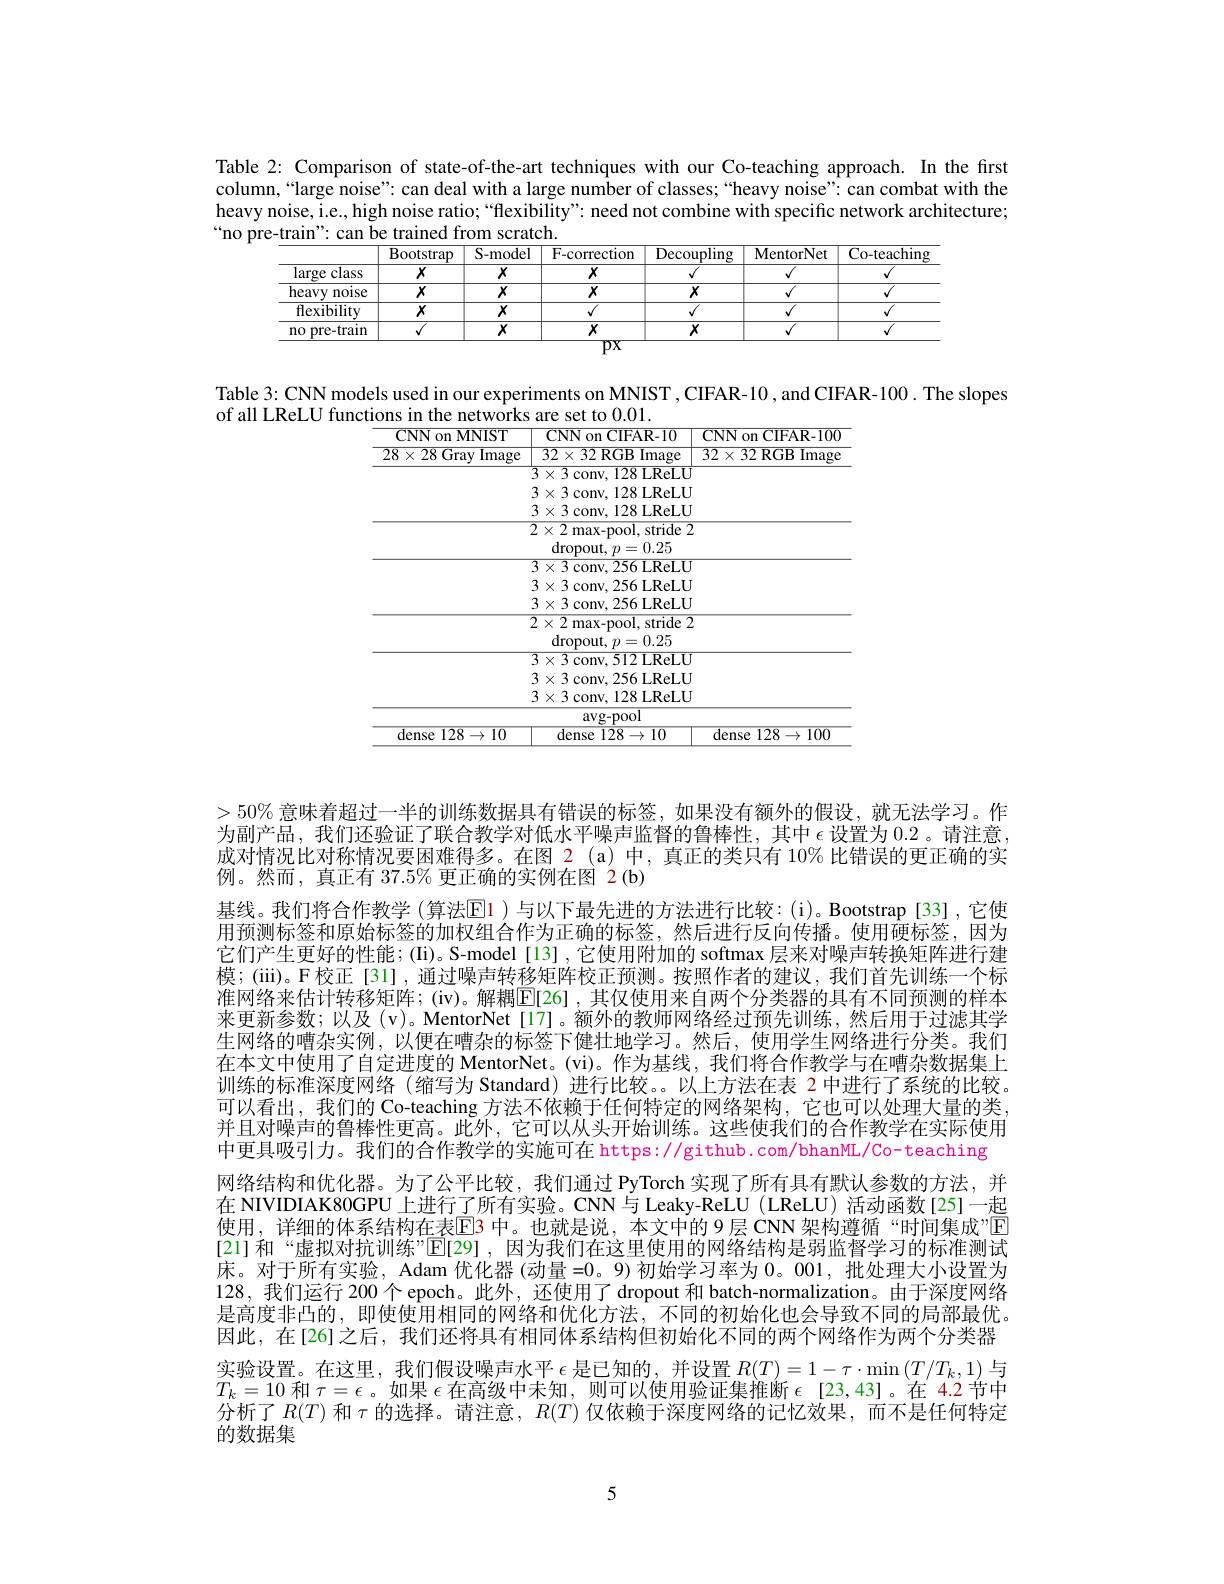
Table 2: Comparison of state-of-the-art techniques with our Co-teaching approach. In the first column,“large noise”: can deal with a large number of classes;“heavy noise”: can combat with the heavy noise, i.e., high noise ratio;““flexibility”: need not combine with specific network architecture; “no pre-train": can be trained from scratch.

<table>
	<tbody>
		<tr>
			<th> </th>
			<th>Bootstrap</th>
			<th>S- model</th>
			<th>F-correction</th>
			<th>Decoupling</th>
			<th>MentorNet</th>
			<th>Co-teaching</th>
		</tr>
		<tr>
			<td>large class</td>
			<td>$X$</td>
			<td>$X$</td>
			<td>$X$</td>
			<td>$\sqrt{1}$</td>
			<td>$√$</td>
			<td>$\overline{{\sqrt{1}}}$</td>
		</tr>
		<tr>
			<td>heavy noise</td>
			<td>$X$</td>
			<td>$X$</td>
			<td>$X$</td>
			<td>$X$</td>
			<td>$√$</td>
			<td>$\overline{{\sqrt{1}}}$</td>
		</tr>
		<tr>
			<td>$\overline{{\mathrm{flexibility}}}$</td>
			<td>$X$</td>
			<td>$\overline{x}$</td>
			<td>$√$</td>
			<td>$√$</td>
			<td>$\overline{{\sqrt{1}}}$</td>
			<td>$\sqrt{1}$</td>
		</tr>
		<tr>
			<td>no pre-train</td>
			<td>$\sqrt{1}$</td>
			<td>$X$</td>
			<td>$X$</td>
			<td>$X$</td>
			<td>$√$</td>
			<td>$\overline{{\sqrt{1}}}$</td>
		</tr>
	</tbody>
</table>

Table 3: CNN models used in our experiments on MNIST , CIFAR-10 , and CIFAR-100 . The slopes
of all LReLU functions in the networks are set to 0.01.

<table>
	<tbody>
		<tr>
			<th>${\mathrm{CNN~on~MNIST}}$ $28\times28$ Gray Image</th>
			<th>CNN on CIFAR- 10 $\overline{32\times32\text{ RGB Image}}$</th>
			<th>CNN on CIFAR- 10C $32\times32$ RGB Image</th>
		</tr>
		<tr>
			<td> </td>
			<td>$3\times3$conv.128LReLU 4</td>
			<td> </td>
		</tr>
		<tr>
			<td> </td>
			<td>$3\times3$conv.128LReLU</td>
			<td> </td>
		</tr>
		<tr>
			<td> </td>
			<td>$3\times3$ conv. 128 LReLU</td>
			<td> </td>
		</tr>
		<tr>
			<td> </td>
			<td>$2\times2$ max-pool, stride 2 $\operatorname{dropout},p=0.25$</td>
			<td> </td>
		</tr>
		<tr>
			<td> </td>
			<td>5conv, DI2 LReLU 7 1 $\times3$ conv,256 LReLU $\times3$conv.128LReLU 7</td>
			<td> </td>
		</tr>
		<tr>
			<td> </td>
			<td>avg- pool</td>
			<td> </td>
		</tr>
		<tr>
			<td>dense 128$\to10$</td>
			<td>${\mathrm{dense~128}\to10}$</td>
			<td>dense 128$\to100$</td>
		</tr>
	</tbody>
</table>

$>50\%$意味着超过一半的训练数据具有错误的标签，如果没有额外的假设，就无法学习。作为副产品，我们还验证了联合教学对低水平噪声监督的鲁棒性，其中$\epsilon$设置为0.2。请注意， 成对情况比对称情况要困难得多。在图 2 (a) 中，真正的类只有 10% 比错误的更正确的实例。然而，真正有$37.5\%$更正确的实例在图 2(b)
基线。我们将合作教学 (算法E1 )与以下最先进的方法进行比较：(i)。Bootstrap[33],它使用预测标签和原始标签的加权组合作为正确的标签，然后进行反向传播。使用硬标签，因为它们产生更好的性能；(Ii)。S-model[13],它使用附加的 softmax 层来对噪声转换矩阵进行建模；(iii)。F校正[31],通过噪声转移矩阵校正预测。按照作者的建议，我们首先训练一个标准网络来估计转移矩阵；(iv)。解耦$\boxed{\mathrm{E}}$[26],其仅使用来自两个分类器的具有不同预测的样本来更新参数；以及 (v)。MentorNet[17]。额外的教师网络经过预先训练，然后用于过滤其学生网络的嘈杂实例，以便在嘈杂的标签下健壮地学习。然后，使用学生网络进行分类。我们在本文中使用了自定进度的 MentorNet。(vi)。作为基线，我们将合作教学与在嘈杂数据集上训练的标准深度网络 (缩写为 Standard) 进行比较。以上方法在表 2 中进行了系统的比较。可以看出，我们的 Co-teaching 方法不依赖于任何特定的网络架构，它也可以处理大量的类并且对噪声的鲁棒性更高。此外，它可以从头开始训练。这些使我们的合作教学在实际使用中更具吸引力。我们的合作教学的实施可在 https: //github. com/bhanML/Co- teaching 网络结构和优化器。为了公平比较，我们通过 PyTorch 实现了所有具有默认参数的方法，并在 NIVIDIAK80GPU 上进行了所有实验。CNN与 Leaky-ReLU (LReLU) 活动函数[25]一起使用，详细的体系结构在表$\overline{\mathrm{E}}$3 中。也就是说，本文中的 9层 CNN 架构遵循“时间集成”E [21]和“虚拟对抗训练”$\boxed{\mathbb{E}}[29]$,因为我们在这里使用的网络结构是弱监督学习的标准测试床。对于所有实验，Adam 优化器 (动量=0。9)初始学习率为0。001,批处理大小设置为128, 我们运行 200 个 epoch。此外，还使用了 dropout 和 batch-normalization。由于深度网络是高度非凸的，即使使用相同的网络和优化方法，不同的初始化也会导致不同的局部最优。因此，在[26]之后，我们还将具有相同体系结构但初始化不同的两个网络作为两个分类器实验设置。在这里，我们假设噪声水平$\epsilon$是已知的，并设置$R(T)=1-\tau\cdot\min{(T/T_k,1)}$与$T_k=10$和$\tau=\epsilon$。如果$\epsilon$在高级中未知，则可以使用验证集推断$\epsilon$ [23,43]。在 4.2节中分析了$R(T)$和$\tau$的选择。请注意，$R(T)$仅依赖于深度网络的记忆效果，而不是任何特定的数据集

5